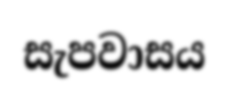
සැපවාසය